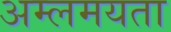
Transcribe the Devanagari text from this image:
अम्लमयता